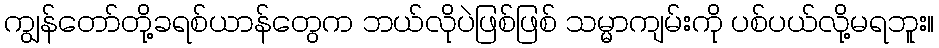
ကျွန်တော်တို့ခရစ်ယာန်တွေက ဘယ်လိုပဲဖြစ်ဖြစ် သမ္မာကျမ်းကို ပစ်ပယ်လို့မရဘူး။